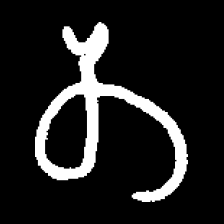
Pyu character \u2014 Myanmar letter: တ (romanized: ta)